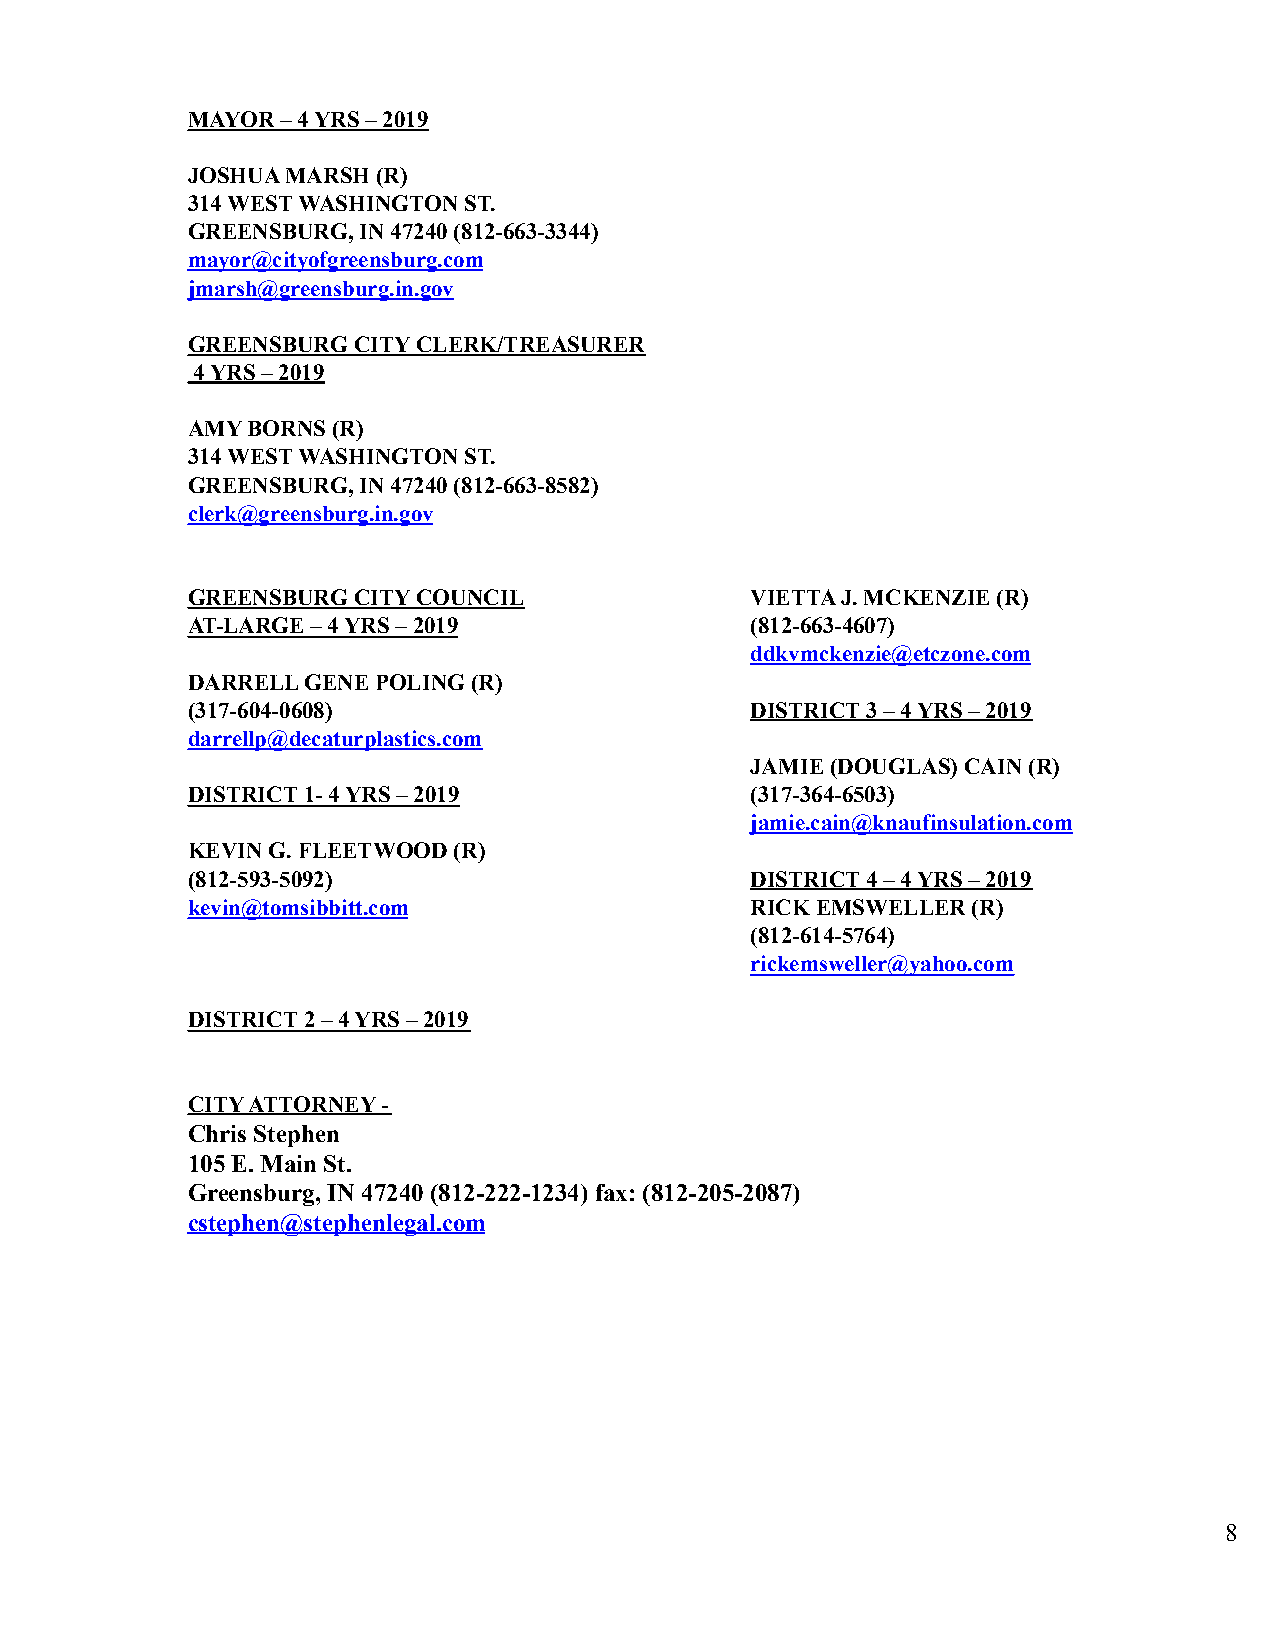
MAYOR  – 4 YRS – 2019
 JOSHUA MARSH (R)
 314 WEST WASHINGTON ST.
 GREENSBURG, IN 47240 (812-663-3344)
 mayor@cityofgreensburg.com
 jmarsh@greensburg.in.gov
 GREENSBURG CITY CLERK/TREASURER
 4 YRS – 2019
 AMY BORNS (R)
 314 WEST WASHINGTON ST.
 GREENSBURG, IN 47240 (812-663-8582)
 clerk@greensburg.in.gov
 GREENSBURG CITY COUNCIL               VIETTA J. MCKENZIE (R)
 AT-LARGE – 4 YRS – 2019               (812-663-4607)
 ddkvmckenzie@etczone.com
 DARRELL GENE POLING (R)
 (317-604-0608)                        DISTRICT 3 – 4 YRS – 2019
 darrellp@decaturplastics.com
 JAMIE (DOUGLAS) CAIN (R)
 DISTRICT 1- 4 YRS – 2019              (317-364-6503)
 jamie.cain@knaufinsulation.com
 KEVIN G. FLEETWOOD (R)
 (812-593-5092)                        DISTRICT 4 – 4 YRS – 2019
 kevin@tomsibbitt.com                  RICK EMSWELLER (R)
 (812-614-5764)
 rickemsweller@yahoo.com
 DISTRICT 2 – 4 YRS – 2019
 CITY ATTORNEY -
 Chris Stephen
 105 E. Main St.
 Greensburg, IN 47240 (812-222-1234) fax: (812-205-2087)
 cstephen@stephenlegal.com
 8